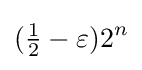
({\tfrac {1}{2}}-\varepsilon )2^{n}